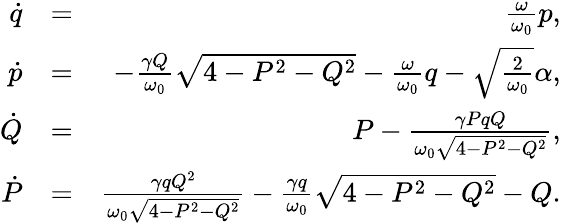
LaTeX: \begin{array}{rlr}{\dot{q}}&{=}&{\frac{\omega}{\omega_{0}}p,}\\ {\dot{p}}&{=}&{-\frac{\gamma Q}{\omega_{0}}\sqrt{4-P^{2}-Q^{2}}-\frac{\omega}{\omega_{0}}q-\sqrt{\frac{2}{\omega_{0}}}\alpha,}\\ {\dot{Q}}&{=}&{P-\frac{\gamma PqQ}{\omega_{0}\sqrt{4-P^{2}-Q^{2}}},}\\ {\dot{P}}&{=}&{\frac{\gamma qQ^{2}}{\omega_{0}\sqrt{4-P^{2}-Q^{2}}}-\frac{\gamma q}{\omega_{0}}\sqrt{4-P^{2}-Q^{2}}-Q.}\end{array}